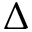
\Delta